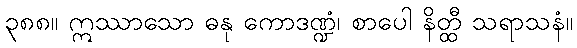
၃၈၈။ ဣဿာသော ဓနု ကောဒဏ္ဍံ၊ စာပေါ နိတ္ထီ သရာသနံ။